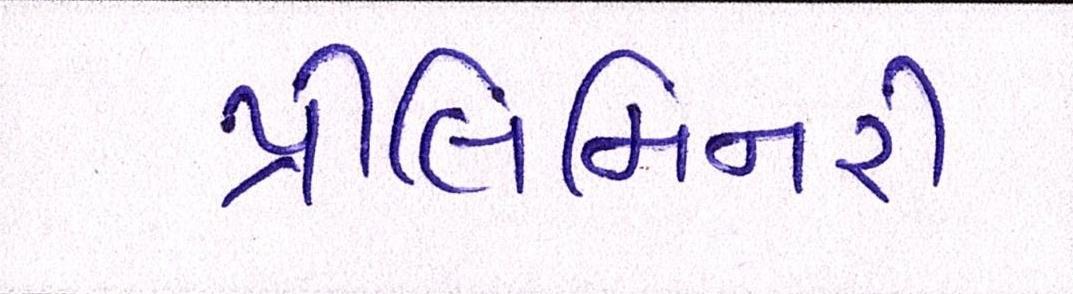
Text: પ્રીલિમિનરી